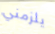
يلزمني